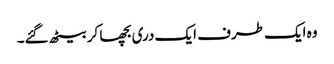
وہ ایک طرف ایک دری بچھا کر بیٹھ گئے۔